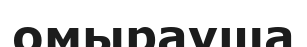
омырауша